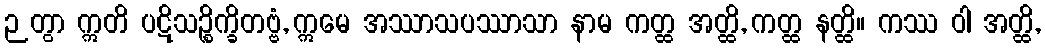
ဉတွာ ဣတိ ပဋိသဉ္စိက္ခိတဗ္ဗံ, ဣမေ အဿာသပဿာသာ နာမ ကတ္ထ အတ္ထိ, ကတ္ထ နတ္ထိ။ ကဿ ဝါ အတ္ထိ,